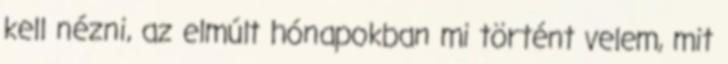
kell nézni, az elmúlt hónapokban mi történt velem, mit